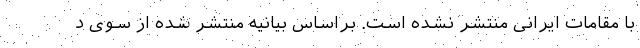
با مقامات ایرانی منتشر نشده است. براساس بیانیه منتشر شده از سوی د